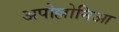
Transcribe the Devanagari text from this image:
अपोल्लोनिआ